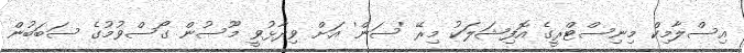
އިސްލާމިކް މިނިސްޓްރީގެ އޮފިޝަލަކު މިރޭ 'ސަން' އަށް ވިދާޅުވީ މޫސުން ގޯސްވުމުގެ ސަބަބުން